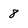
Character: 8